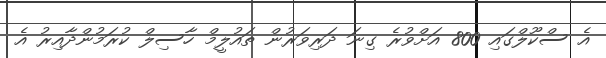
އެ ސްކޫލްގައި 800 އަށްވުރެ ގިނަ ދަރިވަރުން ތައުލީމް ހާސިލް ކުރަމުންދާއިރު އެ